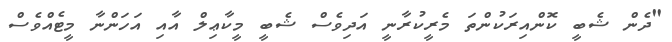
"ދެން ޝެބީ ކޮންއިރަކުންތަ މެރީކުރާނީ އަދިވެސް ޝެބީ މީކާޢިލް އާއި އަހަންނާ މީޓެއްވެސް